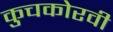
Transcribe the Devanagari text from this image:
कुचकोरवी